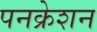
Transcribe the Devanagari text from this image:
पनक्रेशन